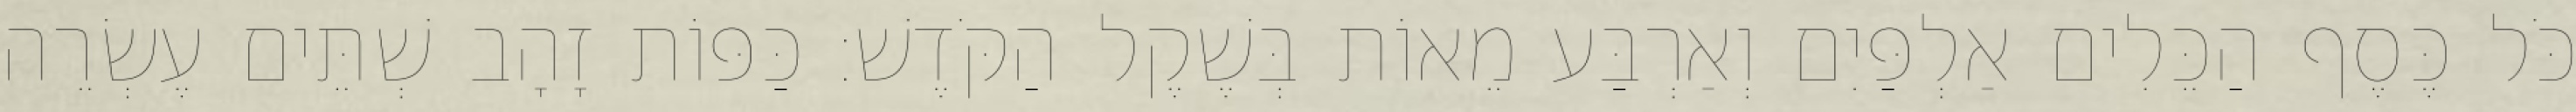
כֹּל כֶּסֶף הַכֵּלִים אַלְפַּיִם וְאַרְבַּע מֵאוֹת בְּשֶׁקֶל הַקֹּדֶשׁ׃ כַּפּוֹת זָהָב שְׁתֵּים עֶשְׂרֵה